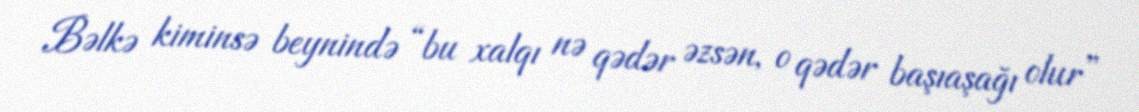
Bəlkə kiminsə beynində “bu xalqı nə qədər əzsən, o qədər başıaşağı olur”